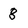
Character: 8